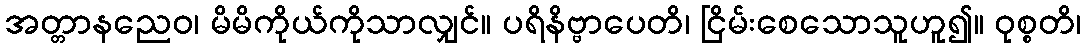
အတ္တာနညေဝ၊ မိမိကိုယ်ကိုသာလျှင်။ ပရိနိဗ္ဗာပေတိ၊ ငြိမ်းစေသောသူဟူ၍။ ဝုစ္စတိ၊